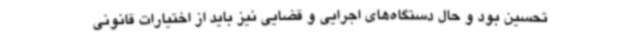
تحسین بود و حال دستگاه‌های اجرایی و قضایی نیز باید از اختیارات قانونی